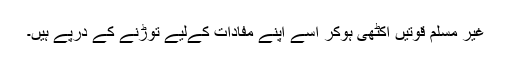
غیر مسلم قوتیں اکٹھی ہوکر اسے اپنے مفادات کےلیے توڑنے کے درپے ہیں۔